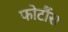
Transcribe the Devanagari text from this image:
फोटौंस